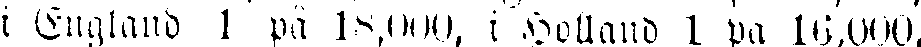
i England 1 på 18,000, i Holland 1 på 16,000,